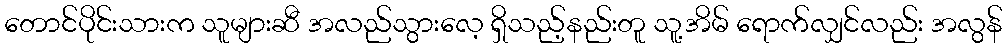
တောင်ပိုင်းသားက သူများဆီ အလည်သွားလေ့ ရှိသည့်နည်းတူ သူ့အိမ် ရောက်လျှင်လည်း အလွန်